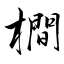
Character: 橺